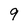
Character: 9